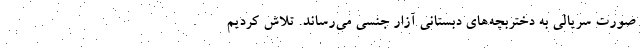
صورت سریالی به دختربچه‌های دبستانی آزار جنسی می‌رساند. تلاش کردیم